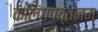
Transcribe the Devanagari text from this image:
कलिंगपत्तनम